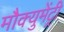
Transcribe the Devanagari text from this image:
मौक्युमेंट्री